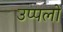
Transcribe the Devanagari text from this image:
उप्पलों